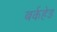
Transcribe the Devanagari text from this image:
बर्कहेड